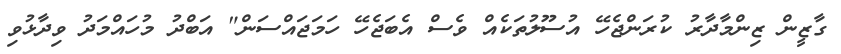
ގާޒީން ޒިންމާދާރު ކުރަންޖެހޭ އުސޫލުތަކެއް ވެސް އެބަޖެހޭ ހަމަޖައްސަން" އަބްދު މުހައްމަދު ވިދާޅުވި